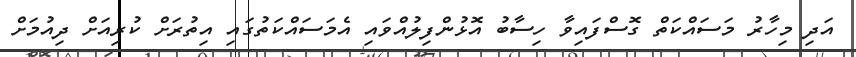
އަދި މިހާރު މަސައްކަތް ގޮސްފައިވާ ހިސާބު އޮޅުންފިލުއްވައި އެމަސައްކަތުގައި އިތުރަށް ކުރިއަށް ދިއުމަށް